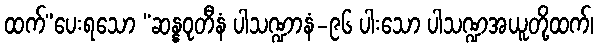
ထက်”ပေးရသော “ဆန္နဝုတီနံ ပါသဏ္ဍာနံ-၉၆ ပါးသော ပါသဏ္ဍအယူတို့ထက်၊